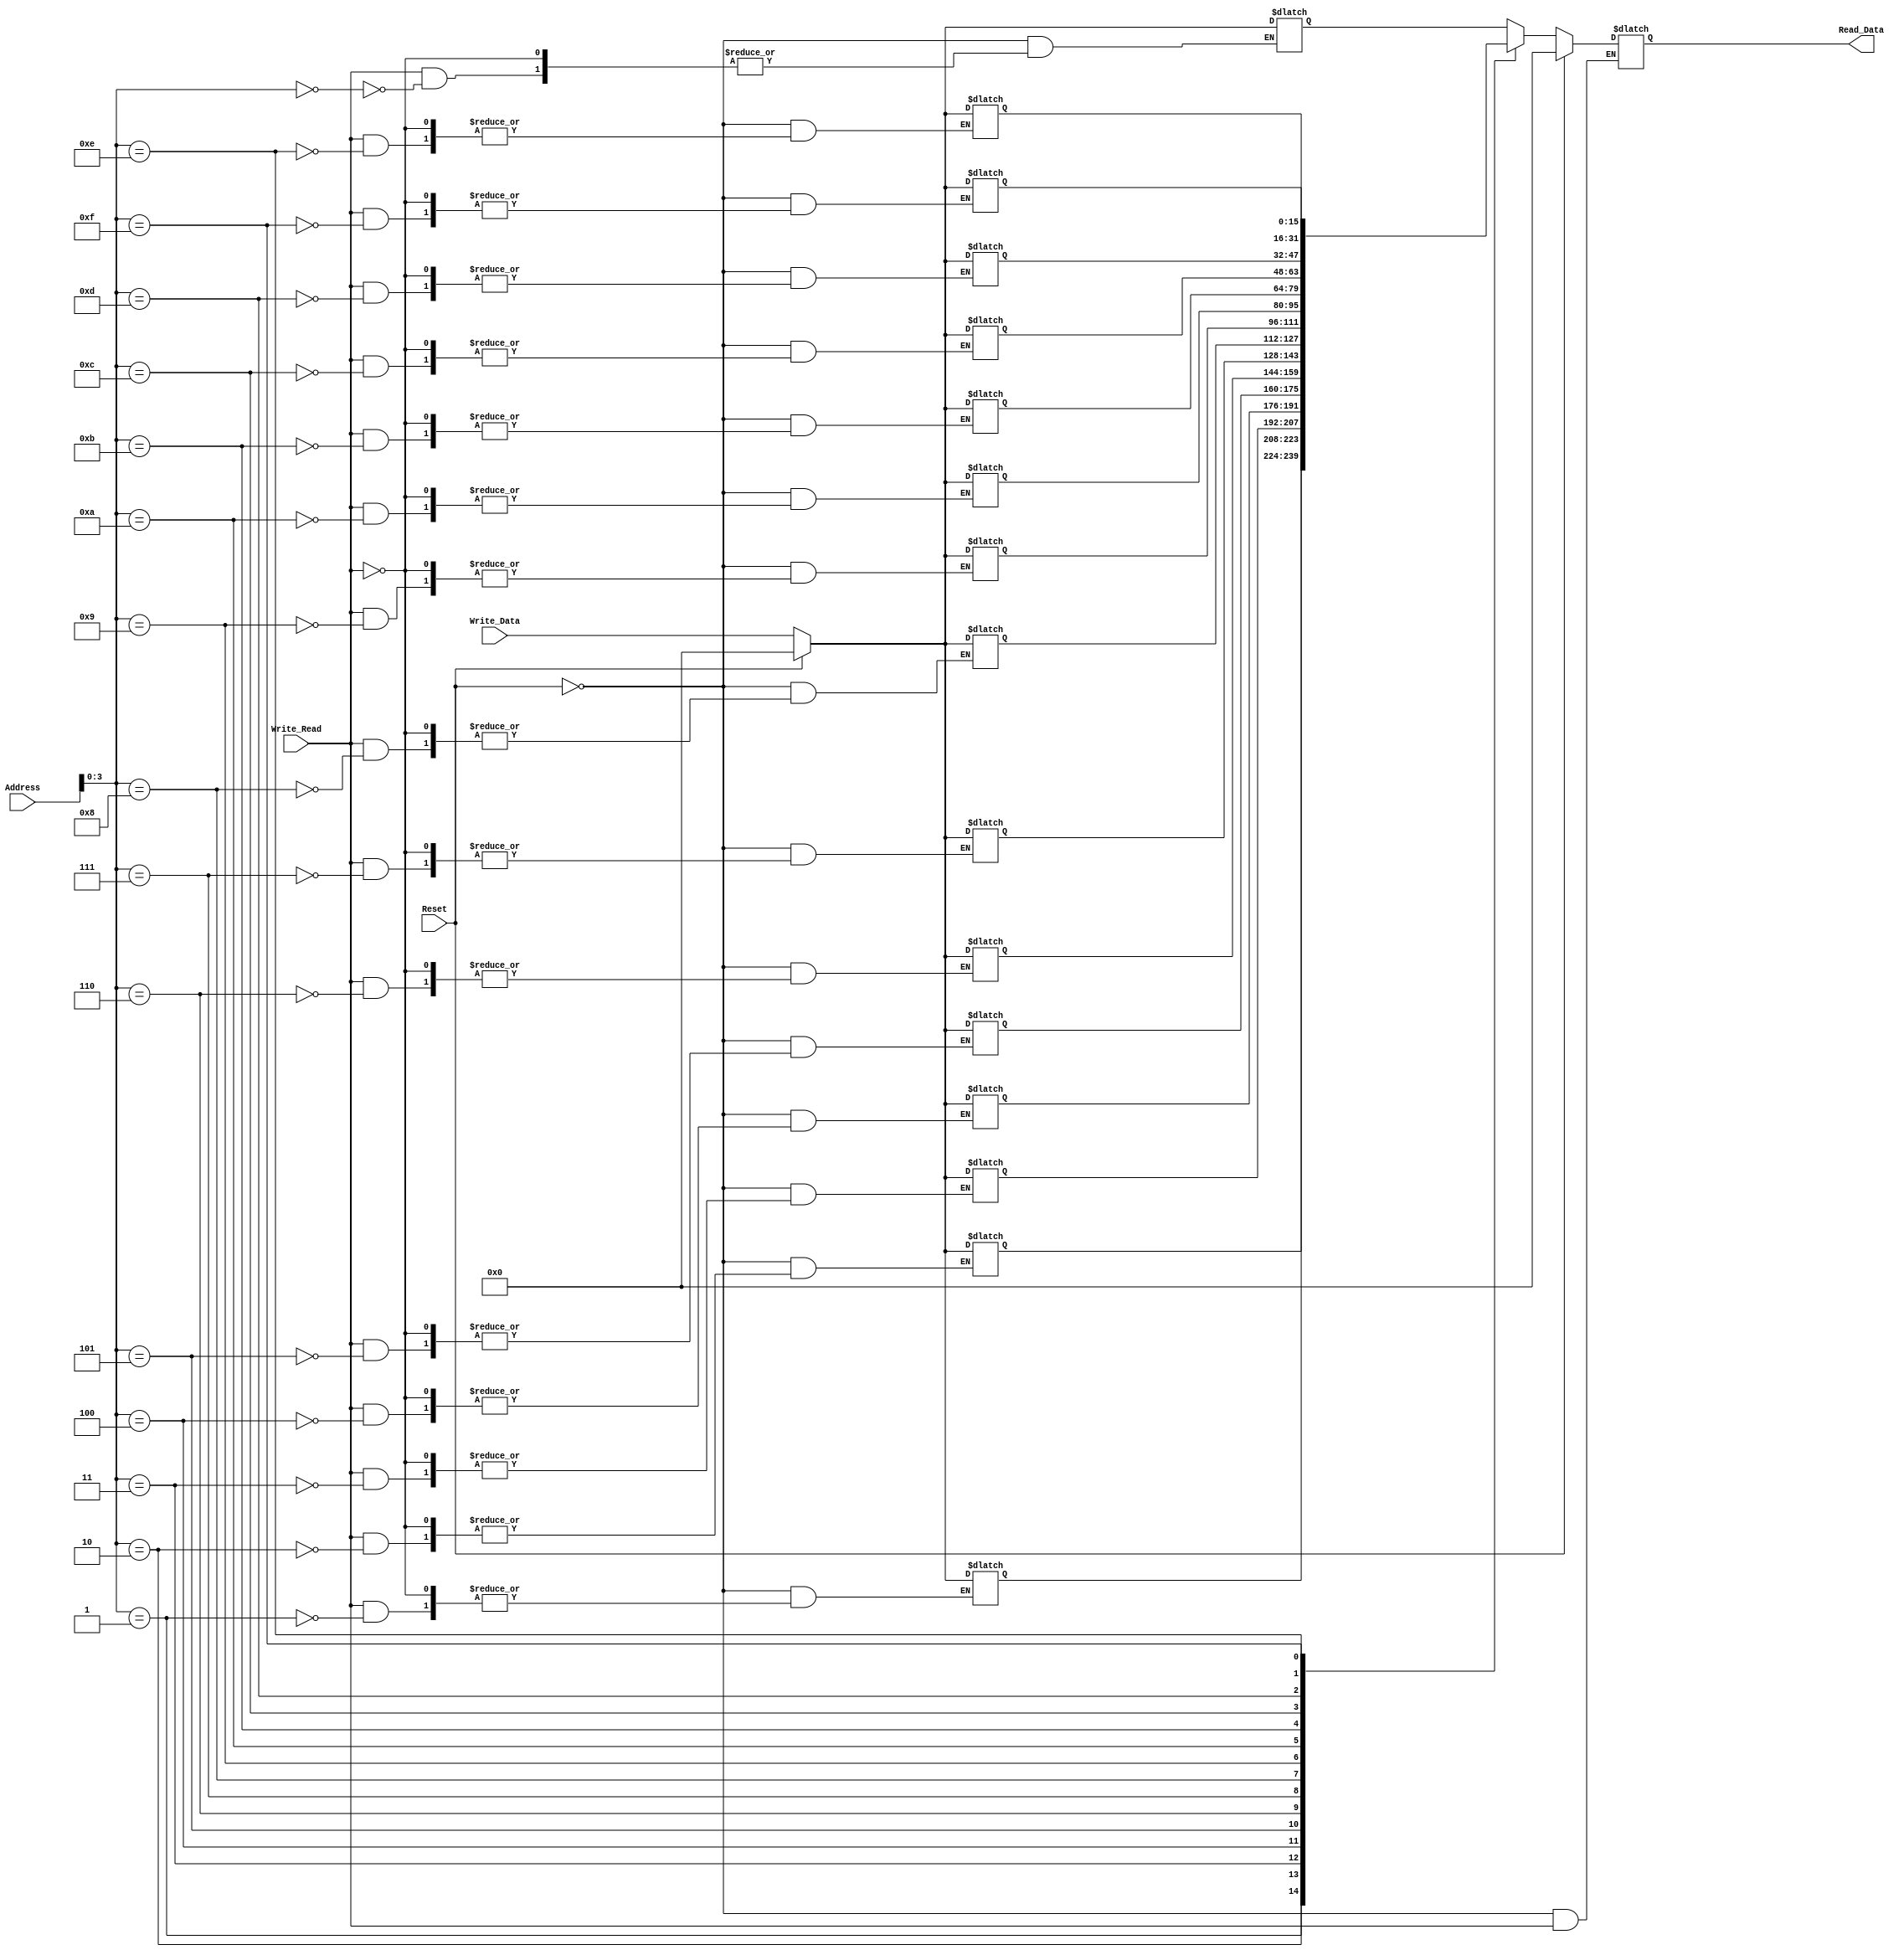
module Data_Memory (Address, Write_Data, Write_Read, Reset,

						  Read_Data);

//-------------------------------------------------- I/O Ports

input  [15:0] Address, Write_Data;
input         Write_Read;
input         Reset;

output reg [15:0] Read_Data;

//--------------------------------------------------

reg [15:0] Memory [16:0];

//--------------------------------------------------

always @(*)
begin

	if (Reset == 1'b1)
		begin
			Memory[00] <= 16'd0;
			Memory[01] <= 16'd0;
			Memory[02] <= 16'd0;
			Memory[03] <= 16'd0;
			
			Memory[04] <= 16'd0;
			Memory[05] <= 16'd0;
			Memory[06] <= 16'd0;
			Memory[07] <= 16'd0;
			
			Memory[08] <= 16'd0;
			Memory[09] <= 16'd0;
			Memory[10] <= 16'd0;
			Memory[11] <= 16'd0;
			
			Memory[12] <= 16'd0;
			Memory[13] <= 16'd0;
			Memory[14] <= 16'd0;
			Memory[15] <= 16'd0;
			
			Read_Data <= 16'b0;
		end
	else
		begin
			if (Write_Read == 1'b1)
				begin
					Memory[Address[3:0]] <= Write_Data;
					Read_Data <= Read_Data;
				end
			else
					Read_Data <= Memory[Address[3:0]];
		end

end

endmodule